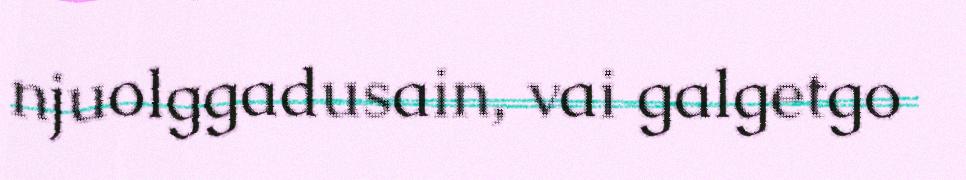
njuolggadusain, vai galgetgo